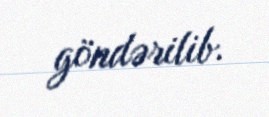
göndərilib.